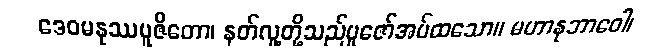
ဒေဝမနုဿပူဇိတော၊ နတ်လူ့တို့သည်ပူဇော်အပ်ထသော။ မဟာနုဘာဝေါ၊